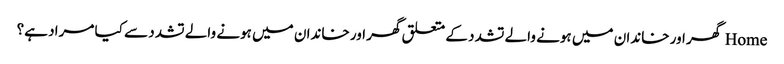
Home گھر اور خاندان میں ہونے والے تشدد کے متعلق گھر اور خاندان میں ہونے والے تشدد سے کیا مراد ہے؟